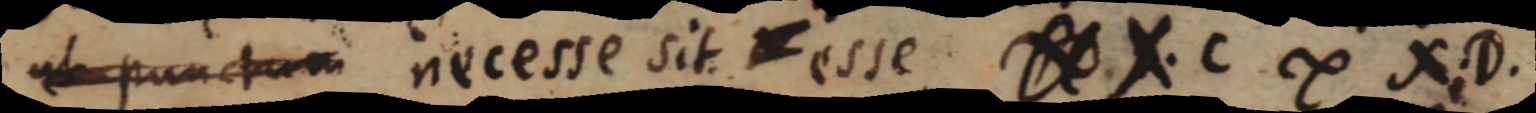
ut punctum necesse sit esse. _ X. C ∞ X. D.